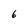
Character: 6